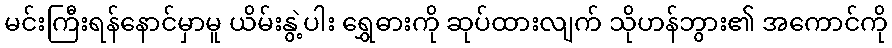
မင်းကြီးရန်နောင်မှာမူ ယိမ်းနွဲ့ပါး ရွှေဓားကို ဆုပ်ထားလျက် သိုဟန်ဘွား၏ အကောင်ကို